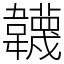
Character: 韤